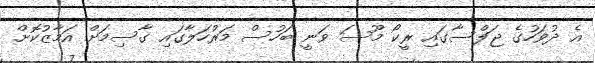
އެ ދުވަހުގެ ޖަލްސާގައި ރީކޯ މޫސަ ވަނީ ބަހުސް މަރުހަލާގައި ގާސިމަށް އަމާޒުކޮށް